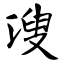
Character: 溲